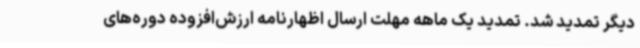
دیگر تمدید شد. تمدید یک ماهه مهلت ارسال اظهارنامه ارزش‌افزوده دوره‌های